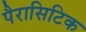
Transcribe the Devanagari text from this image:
पैरासिटिक